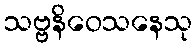
သဗ္ဗနိဝေသနေသု